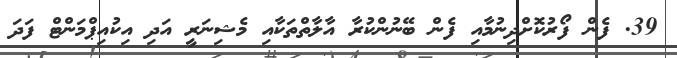
39. ފެން ފޯރުކޮށްދިނުމާއި ފެން ބޭނުންކުރާ އާލާތްތަކާއި މެޝިނަރީ އަދި އިކުއިޕްމަންޓް ފަދަ